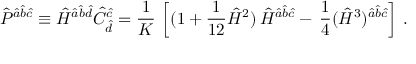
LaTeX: \hat { P } ^ { \hat { a } \hat { b } \hat { c } } \equiv \hat { \cal H } ^ { \hat { a } \hat { b } \hat { d } } \hat { C } _ { \hat { d } } ^ { \hat { c } } = { \frac { 1 } { K } } \, \left[ ( 1 + { \frac { 1 } { 1 2 } } \hat { { \cal H } } ^ { 2 } ) \, \hat { \cal H } ^ { \hat { a } \hat { b } \hat { c } } - \, { \frac { 1 } { 4 } } ( \hat { { \cal H } } ^ { 3 } ) ^ { \hat { a } \hat { b } \hat { c } } \right] \, .